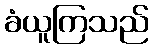
ခံယူကြသည်